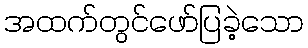
အထက်တွင်ဖော်ပြခဲ့သော